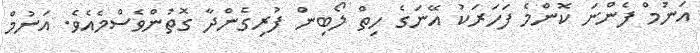
އަނުމް ފެންނަ ކޮންމެ ފަހަރަކު އޭނަގެ ހިތް ލޯބިން ފުރިގެންދާ ގޮތުންވެސްމެއެވެ. އަނުމް